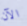
الآن